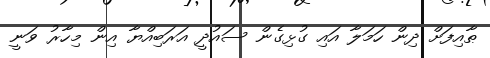
ޠާއިފަށް ދިން ހަމަލާ އައި ގުޅިގެން ސައުދީ އަރަބިއްޔާ އިން މިހާރު ވަނީ